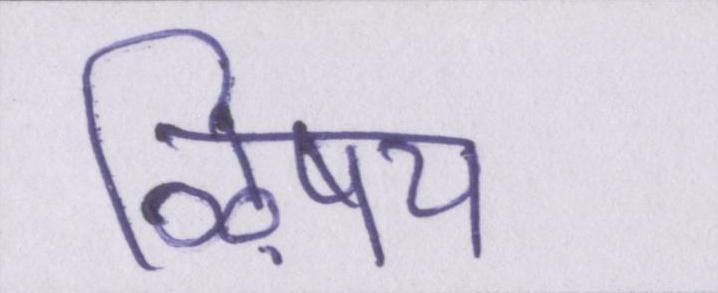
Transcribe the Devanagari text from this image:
ऴिषय